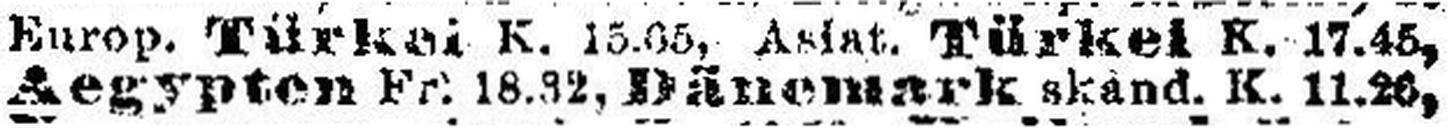
Aegypten Fr. 18.32, Dänemark skand. K. 11.26,